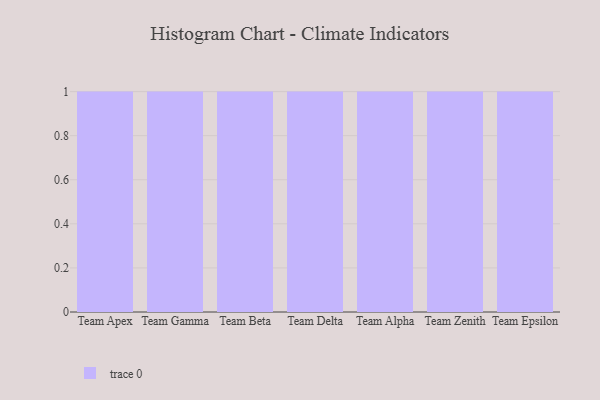
{"axis": {"x": "Team", "y": "Demand Index"}, "legend": [""], "data": [{"x": "Team Apex", "y": 27, "type": ""}, {"x": "Team Gamma", "y": 19, "type": ""}, {"x": "Team Beta", "y": 45, "type": ""}, {"x": "Team Delta", "y": 39, "type": ""}, {"x": "Team Alpha", "y": 11, "type": ""}, {"x": "Team Zenith", "y": 79, "type": ""}, {"x": "Team Epsilon", "y": 14, "type": ""}]}